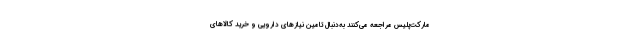
مارکت‌پلیس مراجعه می‌کنند به‌دنبال تامین نیازهای دارویی و خرید کالاهای